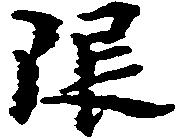
限